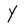
Character: Y